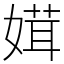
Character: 媶